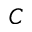
C